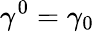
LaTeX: \gamma^{0}=\gamma_{0}